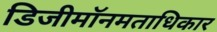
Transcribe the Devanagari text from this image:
डिजीमॉनमताधिकार